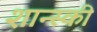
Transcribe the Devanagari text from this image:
शान्स्की